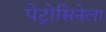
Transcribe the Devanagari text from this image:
पेट्रोसिनेला